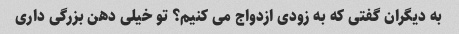
به دیگران گفتی که به زودی ازدواج می کنیم؟ تو خیلی دهن بزرگی داری